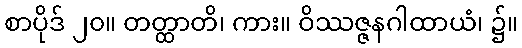
စာပိုဒ် ၂၀။ တတ္ထာတိ၊ ကား။ ဝိဿဇ္ဇနဂါထာယံ၊ ၌။